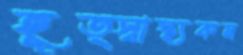
হূত্স্বাস্থ্যকম